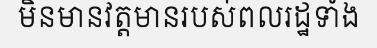
មិនមានវត្តមានរបស់ពលរដ្ឋទាំង